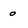
Character: 0